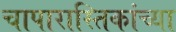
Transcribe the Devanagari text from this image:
चापारास्तिकांच्या